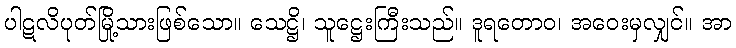
ပါဋလိပုတ်မြို့သားဖြစ်သော။ သေဋ္ဌိ၊ သူဋ္ဌေးကြီးသည်။ ဒူရတောဝ၊ အဝေးမှလျှင်။ အာ